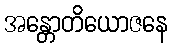
အန္တောတိယောဇနေ